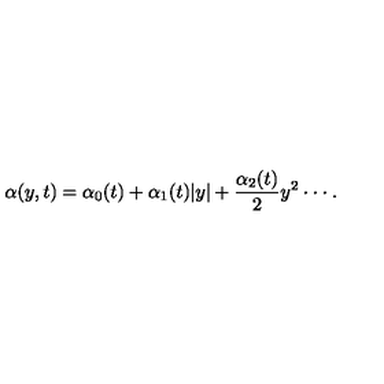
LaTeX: \alpha ( y , t ) = \alpha _ { 0 } ( t ) + \alpha _ { 1 } ( t ) \vert y \vert + \frac { \alpha _ { 2 } ( t ) } { 2 } y ^ { 2 } \cdot \cdot \cdot .